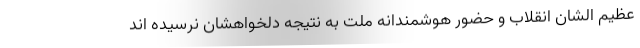
عظیم الشان انقلاب و حضور هوشمندانه ملت به نتیجه دلخواهشان نرسیده اند